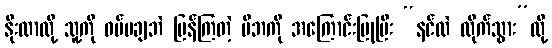
နိုးလာလို့ သူ့ကို ဝပ်မချဘဲ ပြန်ကြတဲ့ မိဘကို အကြောင်းပြုပြီး “နင်လဲ လိုက်သွား”လို့